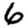
Digit: 6